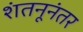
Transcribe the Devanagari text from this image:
शंतनूनंतर